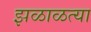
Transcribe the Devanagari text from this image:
झळाळत्या